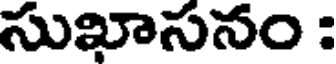
సుఖాసనం :